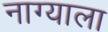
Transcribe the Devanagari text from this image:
नाग्याला